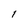
Character: l